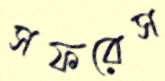
সফরেস